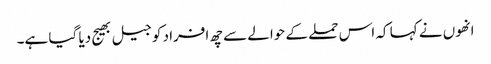
انھوں نے کہا کہ اس حملے کے حوالے سے چھ افراد کو جیل بھیج دیا گیا ہے۔